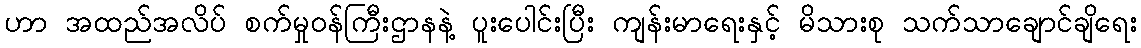
ဟာ အထည်အလိပ် စက်မှုဝန်ကြီးဌာနနဲ့ ပူးပေါင်းပြီး ကျန်းမာရေးနှင့် မိသားစု သက်သာချောင်ချိရေး